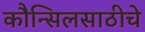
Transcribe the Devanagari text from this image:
कौन्सिलसाठीचे